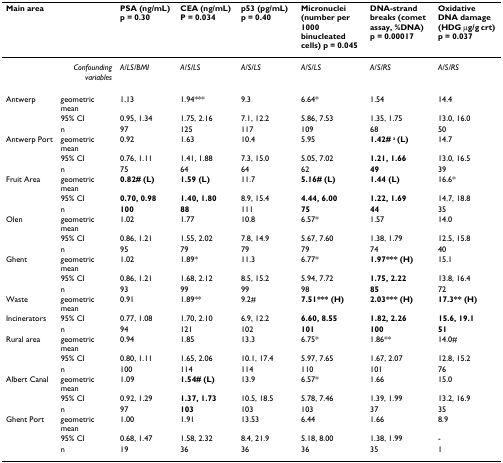
<table><thead><tr><td><b>Main area</b></td><td></td><td><b>PSA (ng/mL) p = 0.30</b></td><td><b>CEA (ng/mL) P = 0.034</b></td><td><b>p53 (pg/mL) p = 0.40</b></td><td><b>Micronuclei (number per 1000 binucleated cells) p = 0.045</b></td><td><b>DNA-strand breaks (comet assay, %DNA) p = 0.00017</b></td><td><b>Oxidative DNA damage (HDG μg/g crt) p = 0.037</b></td></tr></thead><tbody><tr><td></td><td><i>Confounding variables</i></td><td><i>A/LS/BMI</i></td><td><i>A/S/LS</i></td><td><i>A/S/LS</i></td><td><i>A/S/LS</i></td><td><i>A/S/RS</i></td><td><i>A/S/RS</i></td></tr><tr><td>Antwerp</td><td>geometric mean</td><td>1.13</td><td>1.94***</td><td>9.3</td><td>6.64*</td><td>1.54</td><td>14.4</td></tr><tr><td></td><td>95% CI</td><td>0.95, 1.34</td><td>1.75, 2.16</td><td>7.1, 12.2</td><td>5.86, 7.53</td><td>1.35, 1.75</td><td>13.0, 16.0</td></tr><tr><td></td><td>n</td><td>97</td><td>125</td><td>117</td><td>109</td><td>68</td><td>50</td></tr><tr><td>Antwerp Port</td><td>geometric mean</td><td>0.92</td><td>1.63</td><td>10.4</td><td>5.95</td><td><b>1.42# </b><sup>a </sup><b>(L)</b></td><td>14.7</td></tr><tr><td></td><td>95% CI</td><td>0.76, 1.11</td><td>1.41, 1.88</td><td>7.3, 15.0</td><td>5.05, 7.02</td><td><b>1.21, 1.66</b></td><td>13.0, 16.5</td></tr><tr><td></td><td>n</td><td>75</td><td>64</td><td>64</td><td>62</td><td><b>49</b></td><td>39</td></tr><tr><td>Fruit Area</td><td>geometric mean</td><td><b>0.82# (L)</b></td><td><b>1.59 (L)</b></td><td>11.7</td><td><b>5.16# (L)</b></td><td><b>1.44 (L)</b></td><td>16.6*</td></tr><tr><td></td><td>95% CI</td><td><b>0.70, 0.98</b></td><td><b>1.40, 1.80</b></td><td>8.9, 15.4</td><td><b>4.44, 6.00</b></td><td><b>1.22, 1.69</b></td><td>14.7, 18.8</td></tr><tr><td></td><td>n</td><td><b>100</b></td><td><b>88</b></td><td>111</td><td><b>75</b></td><td><b>44</b></td><td>35</td></tr><tr><td>Olen</td><td>geometric mean</td><td>1.02</td><td>1.77</td><td>10.8</td><td>6.57*</td><td>1.57</td><td>14.0</td></tr><tr><td></td><td>95% CI</td><td>0.86, 1.21</td><td>1.55, 2.02</td><td>7.8, 14.9</td><td>5.67, 7.60</td><td>1.38, 1.79</td><td>12.5, 15.8</td></tr><tr><td></td><td>n</td><td>95</td><td>79</td><td>79</td><td>79</td><td>74</td><td>40</td></tr><tr><td>Ghent</td><td>geometric mean</td><td>1.02</td><td>1.89*</td><td>11.3</td><td>6.77*</td><td><b>1.97*** (H)</b></td><td>15.1</td></tr><tr><td></td><td>95% CI</td><td>0.86, 1.21</td><td>1.68, 2.12</td><td>8.5, 15.2</td><td>5.94, 7.72</td><td><b>1.75, 2.22</b></td><td>13.8, 16.4</td></tr><tr><td></td><td>n</td><td>93</td><td>99</td><td>99</td><td>98</td><td><b>85</b></td><td>72</td></tr><tr><td>Waste</td><td>geometric mean</td><td>0.91</td><td>1.89**</td><td>9.2#</td><td><b>7.51*** (H)</b></td><td><b>2.03*** (H)</b></td><td><b>17.3** (H)</b></td></tr><tr><td>Incinerators</td><td>95% CI</td><td>0.77, 1.08</td><td>1.70, 2.10</td><td>6.9, 12.2</td><td><b>6.60, 8.55</b></td><td><b>1.82, 2.26</b></td><td><b>15.6, 19.1</b></td></tr><tr><td></td><td>n</td><td>94</td><td>121</td><td>102</td><td><b>101</b></td><td><b>100</b></td><td><b>51</b></td></tr><tr><td>Rural area</td><td>geometric mean</td><td>0.94</td><td>1.85</td><td>13.3</td><td>6.75*</td><td>1.86**</td><td>14.0#</td></tr><tr><td></td><td>95% CI</td><td>0.80, 1.11</td><td>1.65, 2.06</td><td>10.1, 17.4</td><td>5.97, 7.65</td><td>1.67, 2.07</td><td>12.8, 15.2</td></tr><tr><td></td><td>n</td><td>100</td><td>114</td><td>114</td><td>110</td><td>101</td><td>76</td></tr><tr><td>Albert Canal</td><td>geometric mean</td><td>1.09</td><td><b>1.54# (L)</b></td><td>13.9</td><td>6.57*</td><td>1.66</td><td>15.0</td></tr><tr><td></td><td>95% CI</td><td>0.92, 1.29</td><td><b>1.37, 1.73</b></td><td>10.5, 18.5</td><td>5.78, 7.46</td><td>1.39, 1.99</td><td>13.2, 16.9</td></tr><tr><td></td><td>n</td><td>97</td><td><b>103</b></td><td>103</td><td>103</td><td>37</td><td>35</td></tr><tr><td>Ghent Port</td><td>geometric mean</td><td>1.00</td><td>1.91</td><td>13.53</td><td>6.44</td><td>1.66</td><td>8.9</td></tr><tr><td></td><td>95% CI</td><td>0.68, 1.47</td><td>1.58, 2.32</td><td>8.4, 21.9</td><td>5.18, 8.00</td><td>1.38, 1.99</td><td>-</td></tr><tr><td></td><td>n</td><td>19</td><td>36</td><td>36</td><td>36</td><td>35</td><td>1</td></tr></tbody></table>